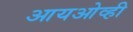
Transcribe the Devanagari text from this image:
आयओव्ही